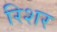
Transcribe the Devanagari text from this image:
रिशर